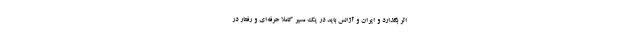
اثر بگذارد و ایران و آژانس باید در یک مسیر کاملا حرفه‌ای و رفتار در